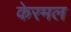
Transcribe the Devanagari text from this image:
केरमल